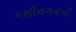
મશીનગનની